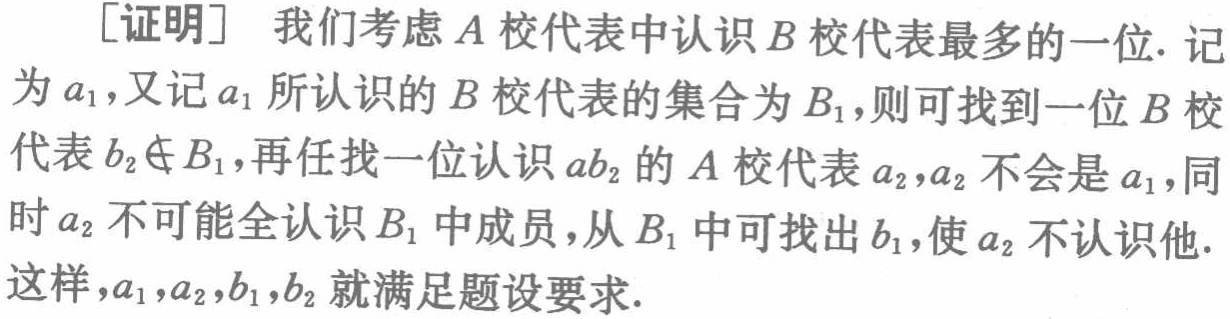
[证明] 我们考虑 \(A\) 校代表中认识 \(B\) 校代表最多的一位. 记为 \(a_1\)，又记 \(a_1\) 所认识的 \(B\) 校代表的集合为 \(B_1\)，则可找到一位 \(B\) 校代表 \(b_2\notin B_1\)，再任找一位认识 \(ab_2\) 的 \(A\) 校代表 \(a_2\)，\(a_2\) 不会是 \(a_1\)，同时 \(a_2\) 不可能全认识 \(B_1\) 中成员，从 \(B_1\) 中可找出 \(b_1\)，使 \(a_2\) 不认识他. 这样，\(a_1,a_2,b_1,b_2\) 就满足题设要求.